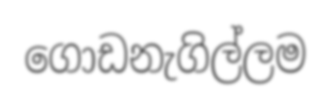
ගොඩනැගිල්ලම